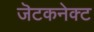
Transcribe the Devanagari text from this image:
जॆटकनेक्ट